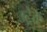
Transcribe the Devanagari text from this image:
उट्रेक्त